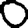
Digit: 0